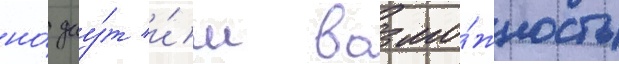
но́ дау́т и́м возмо́жность